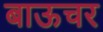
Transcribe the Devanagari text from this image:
बाऊचर